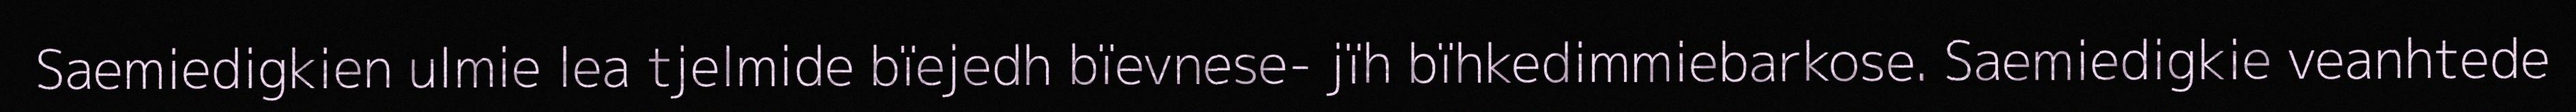
Saemiedigkien ulmie lea tjelmide bïejedh bïevnese- jïh bïhkedimmiebarkose. Saemiedigkie veanhtede